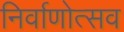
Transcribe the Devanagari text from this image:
निर्वाणोत्सव